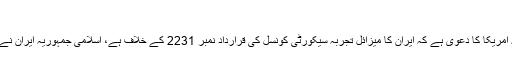
بہرا ...
میزائل تجربہ سیکورٹی کونسل کی قرارداد نمبر 2231 کے خلاف ہے... الوقت - ایسی حالت میں کہ امریکا کا دعوی ہے کہ ایران کا میزائل تجربہ سیکورٹی کونسل کی قرارداد نمبر 2231 کے خلاف ہے، اسلامی جمہوریہ ایران نے اپنے حالیہ میزائل تجربے کو اپنا اساسی حق اور ملکی دفاع کے تناظر میں قانونی حق قرار دیا ہے۔